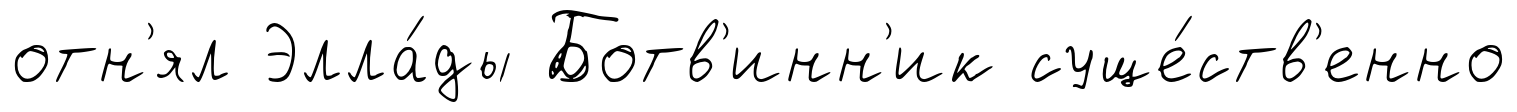
отн'ял Элла́ды Ботв'инн'ик суще́ств'енно